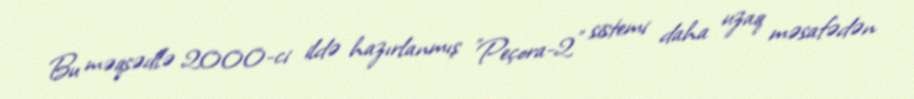
Bu məqsədlə 2000-ci ildə hazırlanmış "Peçora-2" sistemi daha uzaq məsafədən